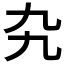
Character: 𠃙